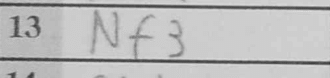
Transcription: Nf3